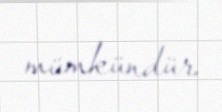
mümkündür.